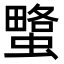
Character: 𧐯